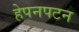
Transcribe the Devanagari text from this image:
हेपनपटन